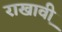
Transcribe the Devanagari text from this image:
राखावी़